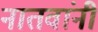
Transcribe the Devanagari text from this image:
नातवांनी